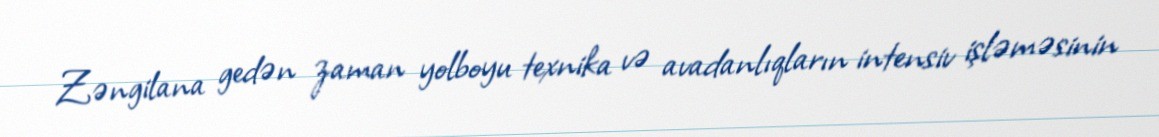
Zəngilana gedən zaman yolboyu texnika və avadanlıqların intensiv işləməsinin